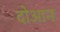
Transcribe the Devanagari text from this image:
दोआन